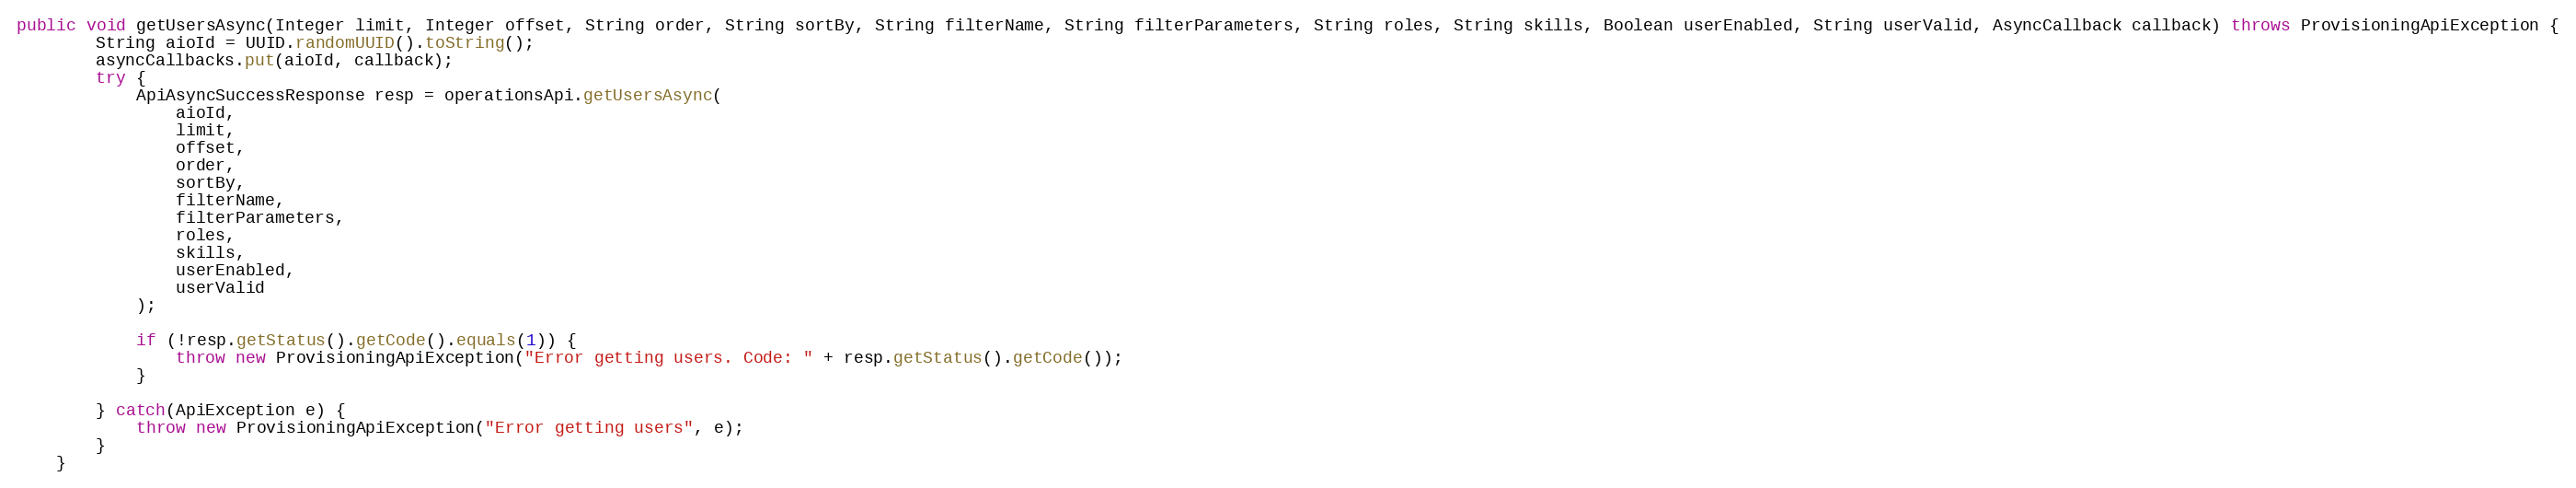
Language: Java
public void getUsersAsync(Integer limit, Integer offset, String order, String sortBy, String filterName, String filterParameters, String roles, String skills, Boolean userEnabled, String userValid, AsyncCallback callback) throws ProvisioningApiException {
		String aioId = UUID.randomUUID().toString();
		asyncCallbacks.put(aioId, callback);
		try {
			ApiAsyncSuccessResponse resp = operationsApi.getUsersAsync(
				aioId,
				limit,
				offset,
				order,
				sortBy,
				filterName,
				filterParameters,
				roles,
				skills,
				userEnabled,
				userValid
			);

			if (!resp.getStatus().getCode().equals(1)) {
				throw new ProvisioningApiException("Error getting users. Code: " + resp.getStatus().getCode());
			}

        } catch(ApiException e) {
        	throw new ProvisioningApiException("Error getting users", e);
        }
	}